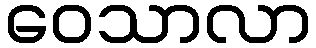
ဝေသာလာ